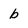
Character: b